Report of the Indian Hemp Drugs Commission, 1894-1895 - Volume VII
Year: 1894
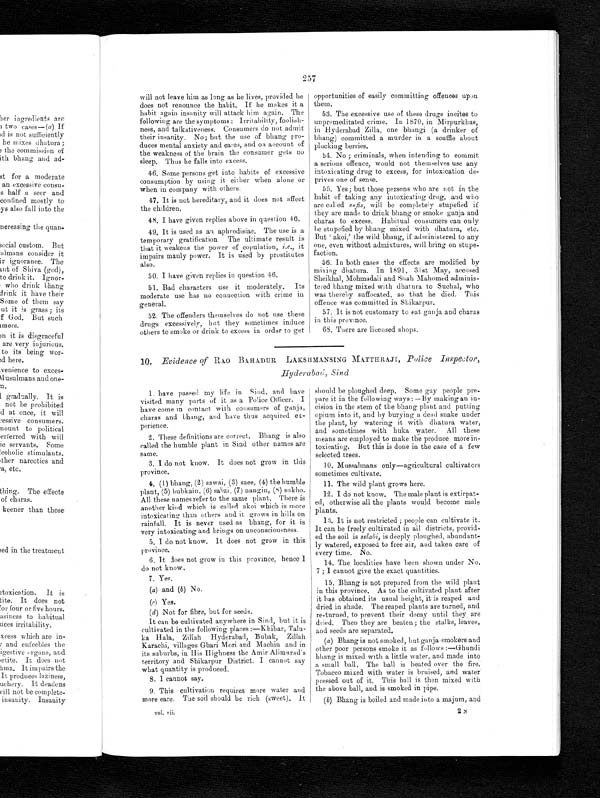
257
will not leave him as long as he lives, provided he
does not renounce the habit. If he makes it a
habit again insanity will attack him again, The
following are the symptoms: Irritability, foolish-
ness, and talkativeness. Consumers do not admit
their insanity. No; but the use of bhang pro-
duces mental anxiety and cares, and on account of
the weakness of the brain the consumer gets no
sleep. Thus he falls into excess.
46. Some persons get into habits of excessive
consumption by using it either when alone or
when in company with others.
47. It is not hereditary, and it does not affect
the children.
48. I have given replies above in question 46.
49. It is used as an aphrodisiac. The use is a
temporary gratification The ultimate result is
that it weakens the power of copulation, i.e., it
u
impairs manly power. It is used by prostitutes
also.
50. I have given replies in question 46.
51. Bad characters use it moderately. Its
moderate use has no connection with crime in
general.
52. The offenders themselves do not use these
drugs excessively, but they sometimes induce
others to smoke or drink to excess in order to get
opportunities of easily committing offences upon
them.
53. The excessive use of these drugs incites to
unpremeditated crime. In 1870, in Mirpurkhas,
in Hyderabad Zilla, one bhangi (a drinker of
bhang) committed a murder in a scuffle about
plucking berries.
54. No; criminals, when intending to commit
a serious offence, would not themselves use any
intoxicating drug to excess, for intoxication de-
prives one of sense.
55. Yes; but those persons who are not in the
habit of taking any intoxicating drug, and who
are called sufis, will be completely stupefied if
they are made to drink bhang or smoke ganja and
charas to excess. Habitual consumers can only
be stupefied by bhang mixed with dhatura, etc.
B u t ' a k o i , ' t h e w i l d b h a n g , i f a d m i n i s t e r e d t o a n y
one, even without admixtures, will bring on stupe-
faction.
56. In both cases the effects are modified by
mixing dhatura. In 1891, 31st May, accused
Sheikhal , Mohmadali and Shah Mahomed adminis-
tered bhang mixed with dhatura to Suchal, who
was thereby suffocated, so that he died. This
offence was committed in Shikarpur.
57. It is not customary to eat ganja and charas
in this province.
68. There are licensed shops.
10. Evidence of RAO BAHADUR LAKSHMANSING MATTHRAJI , Police Inspector,
1. have passed my life in Sind, and have
visited many parts of it as a Police Officer. I
have come in contact with consumers of ganja,
charas and bhang, and have thus acquired ex-
perience.
2. These definitions are correct. Bhang is also
called the humble plant in Sind other names are
same.
3. I do not know. It does not grow in this
province.
4. (1) bhang, (2) sawai, (3) saee, (4) the humble
plant, (5) bubkain , (6) sabzi, (7) nangin, (8) sukho.
All these names refer to the same plant. There is
another kind which is called akoi which is more
intoxicating than others and it grows in hills on
rainfall. It is never used as bhang, for it is
very intoxicating and brings on unconsciousness.
5. I do not know. It does not grow in this
province.
6. It does not grow in this province, hence I
do not know.
7. Yes.
(a) and ( b) No.
(c) Yes .
(d) Not for fibre, but for seeds.
It can be cultivated anywhere in Sind, but it is
cultivated in the following places:--Kbibar,
T a l u - k a H a l a , Z i l l a h H y d e r a b a d , B u b a k , Z i l l a h
Karachi, villages Ghari Mori and Machin and in
i t s s u b u r b s , i n H i s H i g h n e s s t h e A m i r A l i m u r a d ' s t e r r i t o r y a n d S h i k a r p u r D i s t r i c t . I c a n n o t s a y
what quantity is produced.
8. I cannot say.
9. This cultivation requires more water and
more care. The soil should be rich (sweet). It
v o l . v i i .
should be ploughed deep. Some gay people pre-
pare it in the following ways:-- By making an in-
cision in the stem of the bhang plant and putting
opium into it, and by burying a dead snake under
the plant, by watering it with dhatura water,
and sometimes with huka water. All these
means are employed to make the produce more in-
toxicating. But this is done in the case of a few
selected trees.
10. Mussalmans only--agricultural cultivators
sometimes cultivate.
11. The wild plant grows here.
12. I do not know. The male plant is extirpat--
ed, otherwise all the plants would become male
plants.
13. It is not restricted; people can cultivate it.
It can be freely cultivated in all districts, provid--
ed the soil is selabi, is deeply ploughed, abundant--
ly watered, exposed to free air, and taken care of
every time. No.
14. The localities have been shown under No.
7 ; I cannot give the exact quantities.
15. Bhang is not prepared from the wild plant
in this province. As to the cultivated plant after
it has obtained its usual height, it is reaped and
dried in shade. The reaped plants are turned, and
re-turned, to prevent their decay until they are
dried. Then they are beaten; the stalks, leaves,
and seeds are separated.
(a ) Bhang is not smoked, but ganja-smokers and
other poor persons smoke it as follows:--Ghundi
bhang is mixed with a little water, and made into
a small ball. The ball is heated over the fire.
Tobacco mixed with water is bruised, and water
pressed out of it. This ball is then mixed with
the above ball, and is smoked in pipe.
( b). Bhang is boiled and made into a majum, and
2 N